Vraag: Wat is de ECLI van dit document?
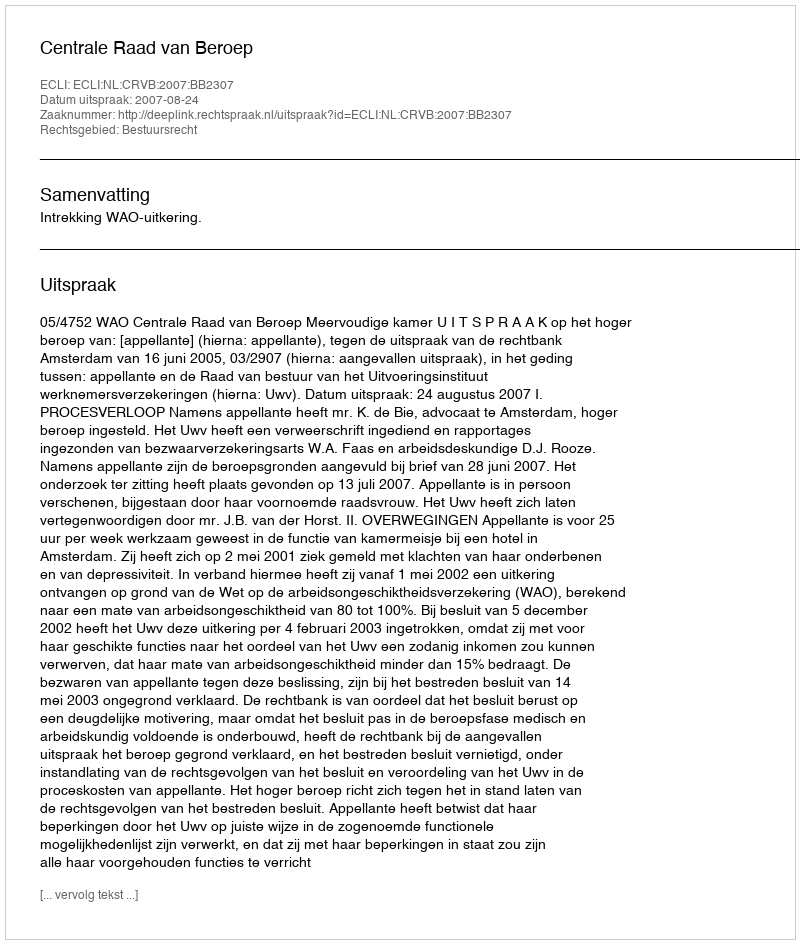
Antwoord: ECLI:NL:CRVB:2007:BB2307